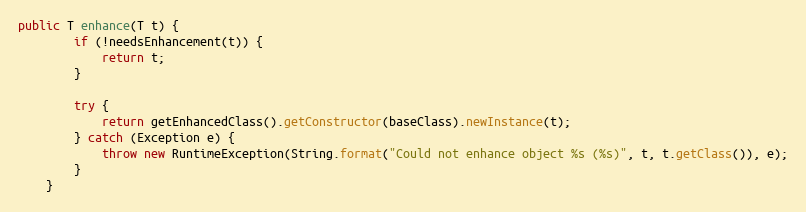
Language: Java
public T enhance(T t) {
        if (!needsEnhancement(t)) {
            return t;
        }

        try {
            return getEnhancedClass().getConstructor(baseClass).newInstance(t);
        } catch (Exception e) {
            throw new RuntimeException(String.format("Could not enhance object %s (%s)", t, t.getClass()), e);
        }
    }